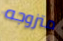
متزوجه